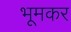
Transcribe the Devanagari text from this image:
भूमकर